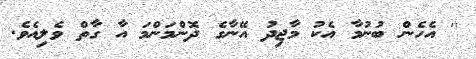
'' އެހެން ބުނުމާ އެކު މާޖިދު އޭނާގެ ދޮންމަންމަ އާ ގާތް ވެލިއެވެ.